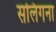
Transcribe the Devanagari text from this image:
सलिगना